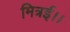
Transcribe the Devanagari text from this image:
मित्रई।।